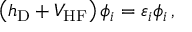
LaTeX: \left( h _ { \mathrm { D } } + V _ { \mathrm { H F } } \right) \phi _ { i } = \varepsilon _ { i } \phi _ { i } \, ,